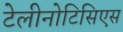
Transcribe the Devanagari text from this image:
टेलीनोटिसिएस